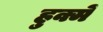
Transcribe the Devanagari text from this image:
हुक्में